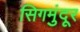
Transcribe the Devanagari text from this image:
सिगमुंदूर